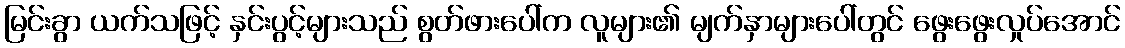
မြင်းခွာ ယက်သဖြင့် နှင်းပွင့်များသည် စွတ်ဖားပေါ်က လူများ၏ မျက်နှာများပေါ်တွင် ဖွေးဖွေးလှုပ်အောင်